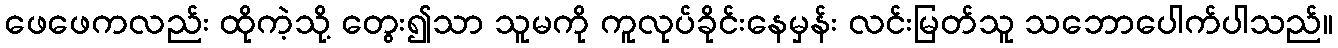
ဖေဖေကလည်း ထိုကဲ့သို့ တွေး၍သာ သူမကို ကူလုပ်ခိုင်းနေမှန်း လင်းမြတ်သူ သဘောပေါက်ပါသည်။